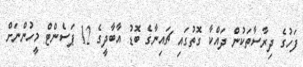
ފަހުގެ ދިރާސާތަކުން ދައްކާ ގޮތުގައި ޗައިނާގެ ބޮޑު އާބާދީގެ 12 ޕަސެންޓް މީހުންނަށް